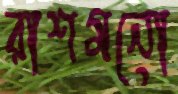
রাশমনো